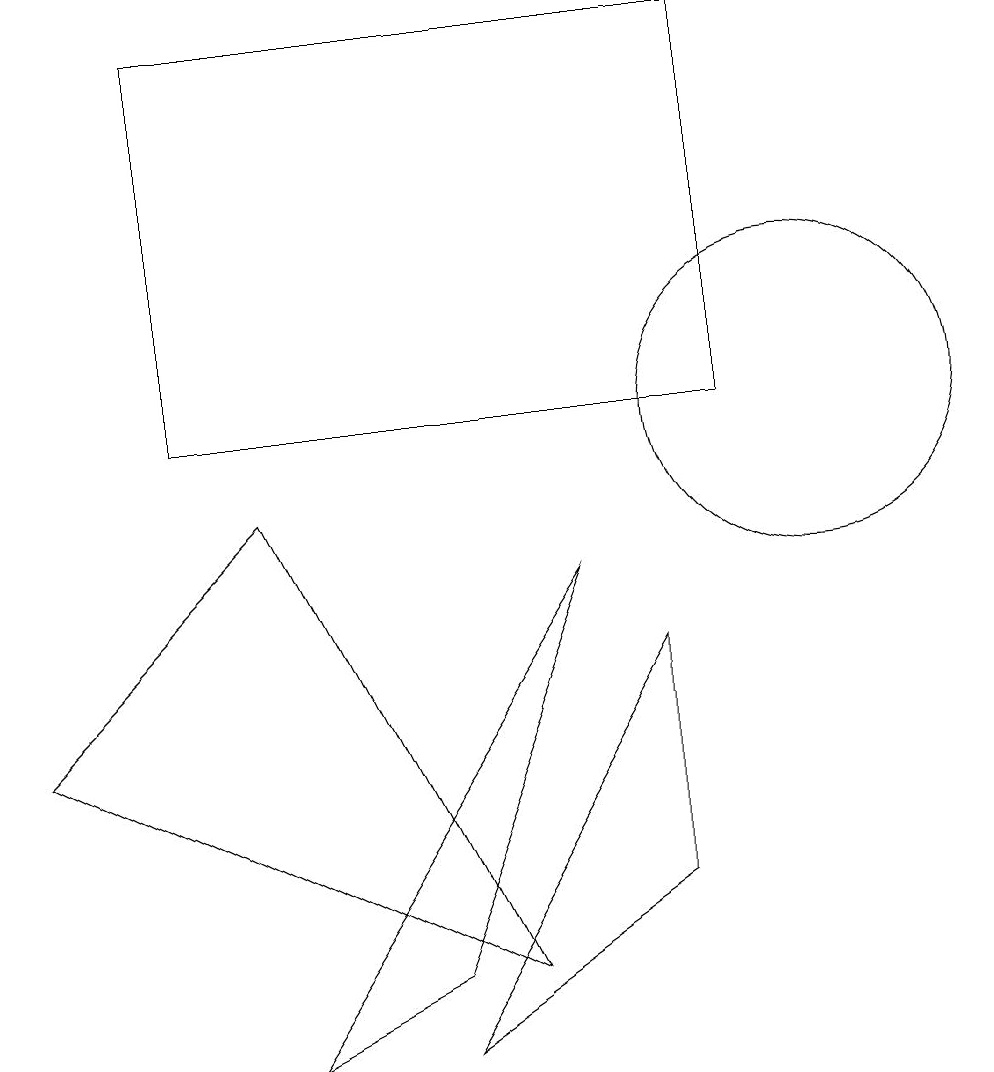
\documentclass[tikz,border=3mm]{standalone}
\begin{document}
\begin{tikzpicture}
\draw (9,15) rectangle (2,10);
\draw (5,3) -- (7,8) -- (3,2) -- cycle;
\draw (10,10) circle (0);
\draw (6,3) -- (3,9) -- (0,6) -- cycle;
\draw (10,10) circle (2);
\draw (8,7) -- (5,2) -- (8,4) -- cycle;
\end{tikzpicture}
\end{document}